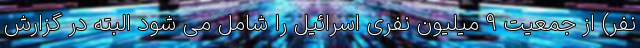
نفر) از جمعیت 9 میلیون نفری اسرائیل را شامل می شود البته در گزارش